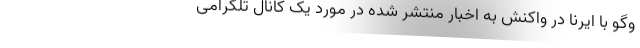
‌وگو با ایرنا در واکنش به اخبار منتشر شده در مورد یک کانال تلگرامی